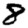
Digit: 8